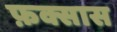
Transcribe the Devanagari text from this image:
फ़क्सास